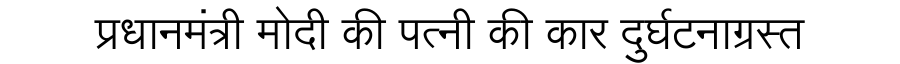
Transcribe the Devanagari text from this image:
प्रधानमंत्री मोदी की पत्नी की कार दुर्घटनाग्रस्त